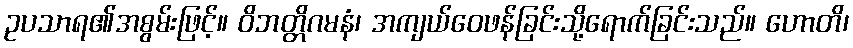
ဥပသာရ၏အစွမ်းဖြင့်။ ဝိဘတ္တိဂမနံ၊ အကျယ်ဝေဖန်ခြင်းသို့ရောက်ခြင်းသည်။ ဟောတိ၊